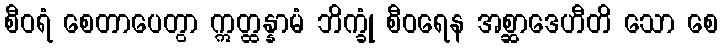
စီဝရံ စေတာပေတွာ ဣတ္ထန္နာမံ ဘိက္ခုံ စီဝရေန အစ္ဆာဒေဟီတိ သော စေ